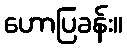
ဟောပြခန်း။